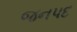
જનપદ